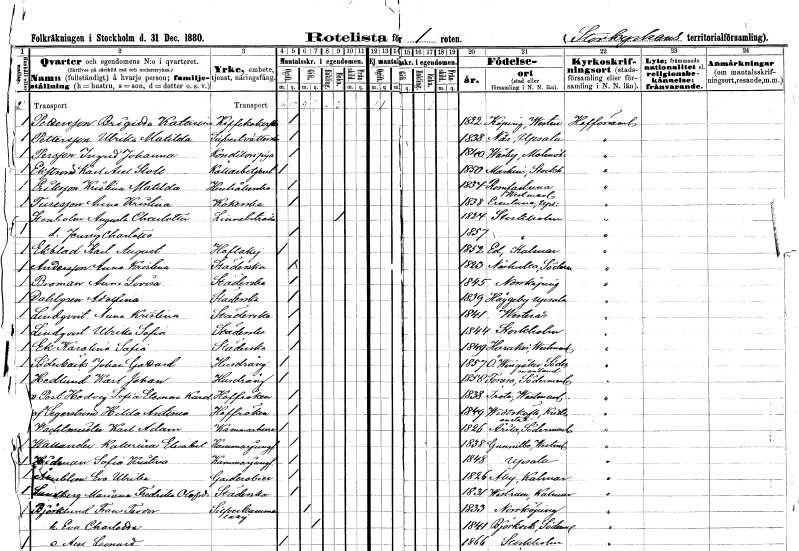
gt_parse: households: individuals: FN: Brigitta Katarina
EN: Pettersson
YRKE: Kaffekokerska vid hovet
KON: K
CIV: O
FODAR: 1822
FODFORS: Köping Västmanlands län
FN: Ulrika Matilda
EN: Pettersson
YRKE: Silvertvätterska vid hov
KON: K
CIV: O
FODAR: 1838
FODFORS: Näs Uppsala län
FN: Ingrid Johanna
EN: Persson
YRKE: Konditorspiga
KON: K
CIV: O
FODAR: 1840
FODFORS: Väsby Malmöhus län
FN: Karl Axel
EN: Ekstrand Stolt
YRKE: Källarbetjänt
KON: M
CIV: O
FODAR: 1850
FODFORS: Markim Stockholms län
FN: Kristina Matilda
EN: Eriksson
YRKE: Hushållerska
KON: K
CIV: O
FODAR: 1834
FODFORS: Romfartuna Västmanlands län
FN: Anna Kristina
EN: Turesson
YRKE: Kokerska
KON: K
CIV: O
FODAR: 1838
FODFORS: Ärentuna Uppsala län
FN: Augusta Charlotta
EN: Stenholm
YRKE: Linnebiträde vid hovet
KON: K
CIV: E
FODAR: 1824
FODFORS: Stockholm
FN: Jenny Charlotta
KON: K
CIV: O
FODAR: 1857
FODFORS: Stockholm
FN: Karl August
EN: Ekblad
YRKE: Hovlakej
KON: M
CIV: O
FODAR: 1852
FODFORS: Ed Kalmar län
FN: Anna Kristina
EN: Andersson
YRKE: Städerska
KON: K
CIV: O
FODAR: 1823
FODFORS: Näshulta Södermanlands län
FN: Anna Lovisa
EN: Broman
YRKE: Städerska
KON: K
CIV: O
FODAR: 1845
FODFORS: Norrköping Östergötlands län
FN: Adolfina
EN: Dahlgren
YRKE: Städerska
KON: K
CIV: O
FODAR: 1839
FODFORS: Häggeby Uppsala län
FN: Anna Kristina
EN: Lindqvist
YRKE: Städerska
KON: K
CIV: O
FODAR: 1841
FODFORS: Västerås Västmanlands län
FN: Ulrika Sofia
EN: Lindqvist
YRKE: Städerska
KON: K
CIV: O
FODAR: 1844
FODFORS: Stockholm
FN: Karolina Sofia
EN: Ek
YRKE: Städerska
KON: K
CIV: O
FODAR: 1849
FODFORS: Haraker Västmanlands län
FN: Johan Gothard
EN: Söderbäck
YRKE: Husdräng tjänstehjon hos ägarna
KON: M
CIV: O
FODAR: 1857
FODFORS: Östra Vingåker Södermanlands län
FN: Karl Johan
EN: Hedlund
YRKE: Husdräng tjänstehjon hos ägarna
KON: M
CIV: O
FODAR: 1858
FODFORS: Forssa Södermanlands län
FN: Hedvig Sofia Eleonora Karolina
EN: v. Post
KON: K
CIV: O
FODAR: 1838
FODFORS: Irsta Västmanlands län
FN: Hilda Antonia
EN: Segerström
KON: K
CIV: O
FODAR: 1849
FODFORS: Vittskövle Kristianstads län
FN: Karl Adam
EN: Wachtmeister
KON: M
CIV: O
FODAR: 1826
FODFORS: Ärla Södermanlands län
FN: Katarina Elisabet
EN: Wallander
YRKE: Kammarjungfru
KON: K
CIV: O
FODAR: 1838
FODFORS: Gunnilbo Västmanlands län
FN: Sofia Kristina
EN: Hidman
YRKE: Kammarjungfru
KON: K
CIV: O
FODAR: 1848
FODFORS: Uppsala Uppsala län
FN: Eva Ulrika
EN: Åkerblom
YRKE: Garderobiere vid hovet
KON: K
CIV: O
FODAR: 1826
FODFORS: Åby Kalmar län
FN: Mariana Fredrika
EN: Lundberg Olofsdotter
YRKE: Städerska
KON: K
CIV: O
FODAR: 1831
FODFORS: Västrum Kalmar län